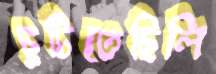
ছুটিতেছিলি